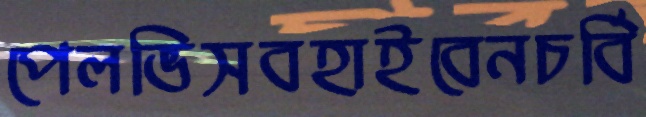
পেলভিসবহাইবেনচর্বি